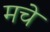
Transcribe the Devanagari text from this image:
मचे